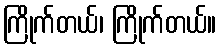
ကြိုက်တယ်၊ ကြိုက်တယ်။